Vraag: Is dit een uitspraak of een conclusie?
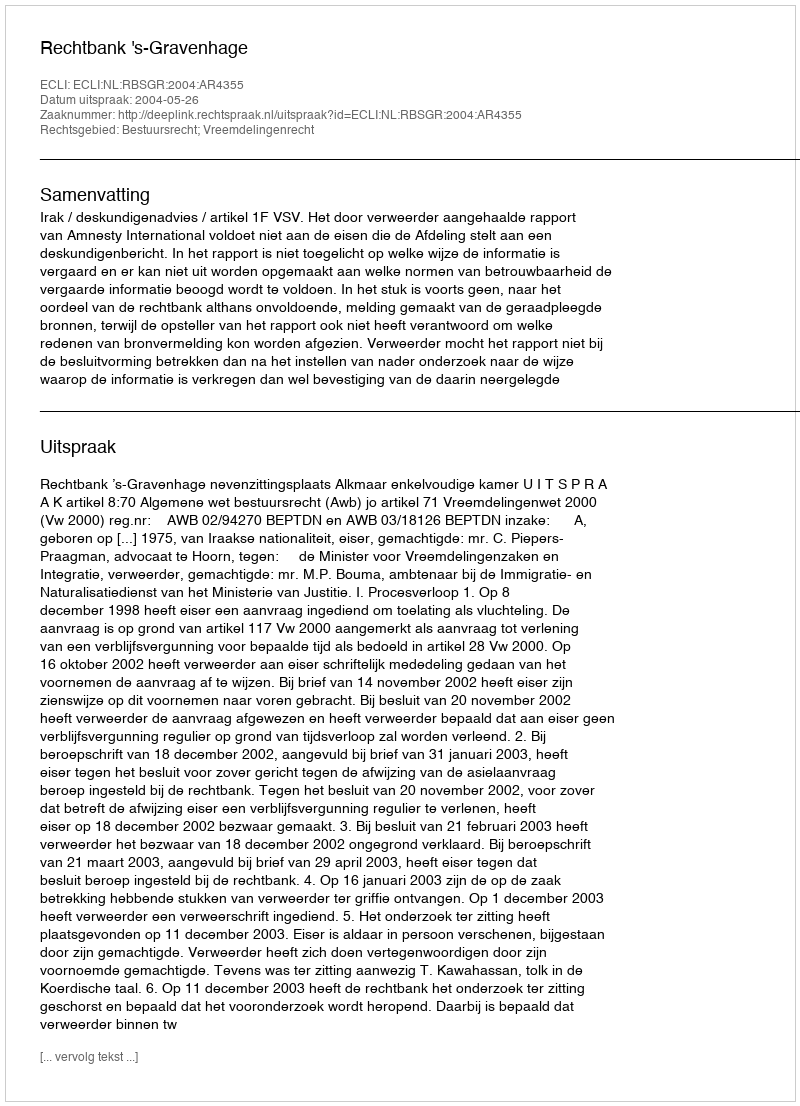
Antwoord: Uitspraak